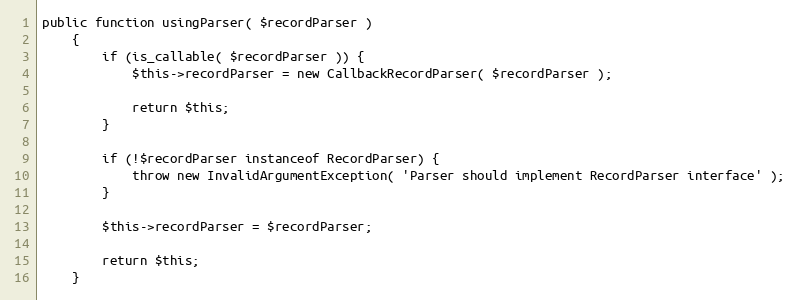
Language: PHP
public function usingParser( $recordParser )
    {
        if (is_callable( $recordParser )) {
            $this->recordParser = new CallbackRecordParser( $recordParser );

            return $this;
        }

        if (!$recordParser instanceof RecordParser) {
            throw new InvalidArgumentException( 'Parser should implement RecordParser interface' );
        }

        $this->recordParser = $recordParser;

        return $this;
    }